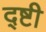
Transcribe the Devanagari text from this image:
द्ष्टी